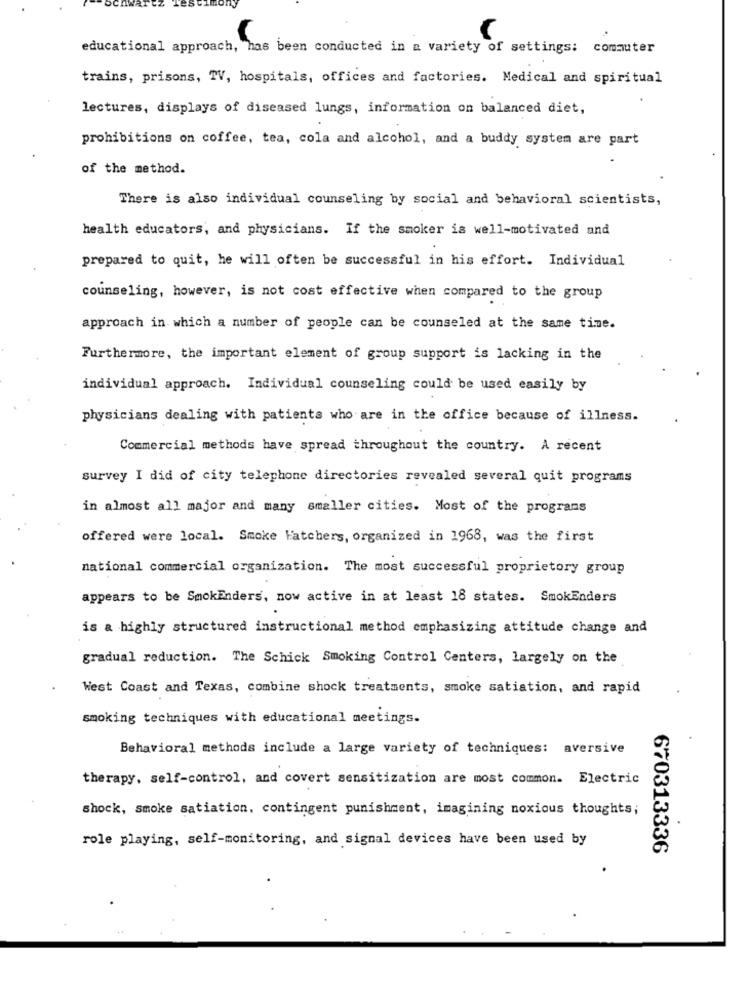
educational approach, has been conducted in a variety of settings: comauter
trains, prisons, TV, hospitals, offices and factories. Medical and spiritual
lectures, displays of diseased lungs, information on balanced diet,
prohibitions on coffee, tea, cola and alcohol, and a buddy system are part
of the method.
There is also individual counseling by social and behavioral scientists,
health educators, and physicians. If the smoker is well-motivated and
prepared to quit, he will often be successful in his effort. Individual
counseling, however, is not cost effective when compared to the group
approach in which a number of people can be counseled at the same time.
Furthermore, the important element of group support is lacking in the
individual approach. Individual counseling could be used easily by
physicians dealing with patients who are in the office because of illness.
Commercial methods have spread throughout the country. A recent
survey I did of city telephone directories revealed several quit programs
in almost all major and many smaller cities. Most of the programs
offered were local. Smoke Hatchers, organized in 1968, was the first
national commercial organization. The most successful proprietory group
appears to be SmokEnders, now active in at least 18 states. SmokEnders
is a highly structured instructional method emphasizing attitude change and
gradual reduction. The Schick Smoking Control Centers, largely on the
West Coast and Texas, combine shock treatments, smoke satiation, and rapid
smoking techniques with educational meetings.
Behavioral methods include a large variety of techniques: aversive
therapy, self-control, and covert sensitization are most common. Electric
shock, smoke satiation, contingent punishment, imagining noxious thoughts;
role playing, self-monitoring, and signal devices have been used by
670313336